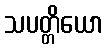
သပတ္တိယော